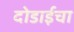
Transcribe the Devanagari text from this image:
दोडाईचा